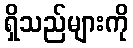
ရှိသည်များကို